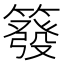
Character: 𥳊